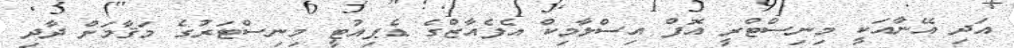
އަދި އޭނާއަކީ މިނިސްޓްރީ އޮފް އިސްލާމިކް އެފެއާޒްގެ ޑެޕިއުޓީ މިނިސްޓަރުގެ މަޤާމަށް ދާދި